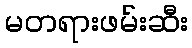
မတရားဖမ်းဆီး